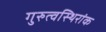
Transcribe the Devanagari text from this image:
गुरुत्वस्थिरांक